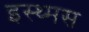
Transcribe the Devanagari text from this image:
इस्थ्मस